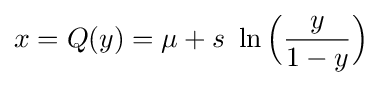
x=Q(y)=\mu +s{\mbox{ }}\ln {\Bigl (}{y \over {1-y}}{\Bigr )}